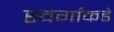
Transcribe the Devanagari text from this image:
स्वर्गाकडे